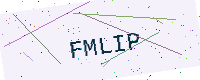
Text: FMLIP